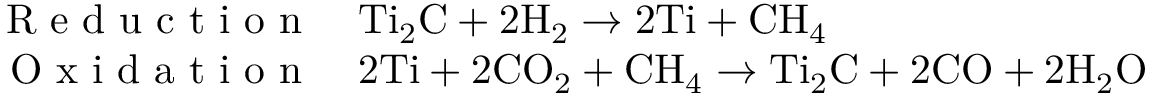
\begin{array} { r l } { \centering \mathrm { ~ R ~ e ~ d ~ u ~ c ~ t ~ i ~ o ~ n ~ } } & { { } \mathrm { T i _ { 2 } C } + \mathrm { 2 H _ { 2 } } \rightarrow \mathrm { 2 T i } + \mathrm { C H _ { 4 } } } \\ { \mathrm { ~ O ~ x ~ i ~ d ~ a ~ t ~ i ~ o ~ n ~ } } & { { } \mathrm { 2 T i } + \mathrm { 2 C O _ { 2 } } + \mathrm { C H _ { 4 } } \rightarrow \mathrm { T i _ { 2 } C } + \mathrm { 2 C O } + \mathrm { 2 H _ { 2 } O } } \end{array}